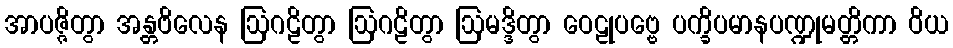
အာပဇ္ဇိတွာ အန္တဗိလေန ဩဂဠိတွာ ဩဂဠိတွာ ဩမဒ္ဒိတွာ ဝေဠုပဗ္ဗေ ပက္ခိပမာနပဏ္ဍုမတ္တိကာ ဝိယ